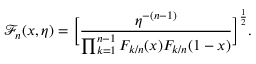
\mathcal { F } _ { n } ( x , \eta ) = \bigg [ \frac { \eta ^ { - ( n - 1 ) } } { \prod _ { k = 1 } ^ { n - 1 } F _ { k / n } ( x ) F _ { k / n } ( 1 - x ) } \bigg ] ^ { \frac { 1 } { 2 } } .